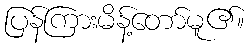
ပြန်ကြားမိန့်တော်မူ၏။